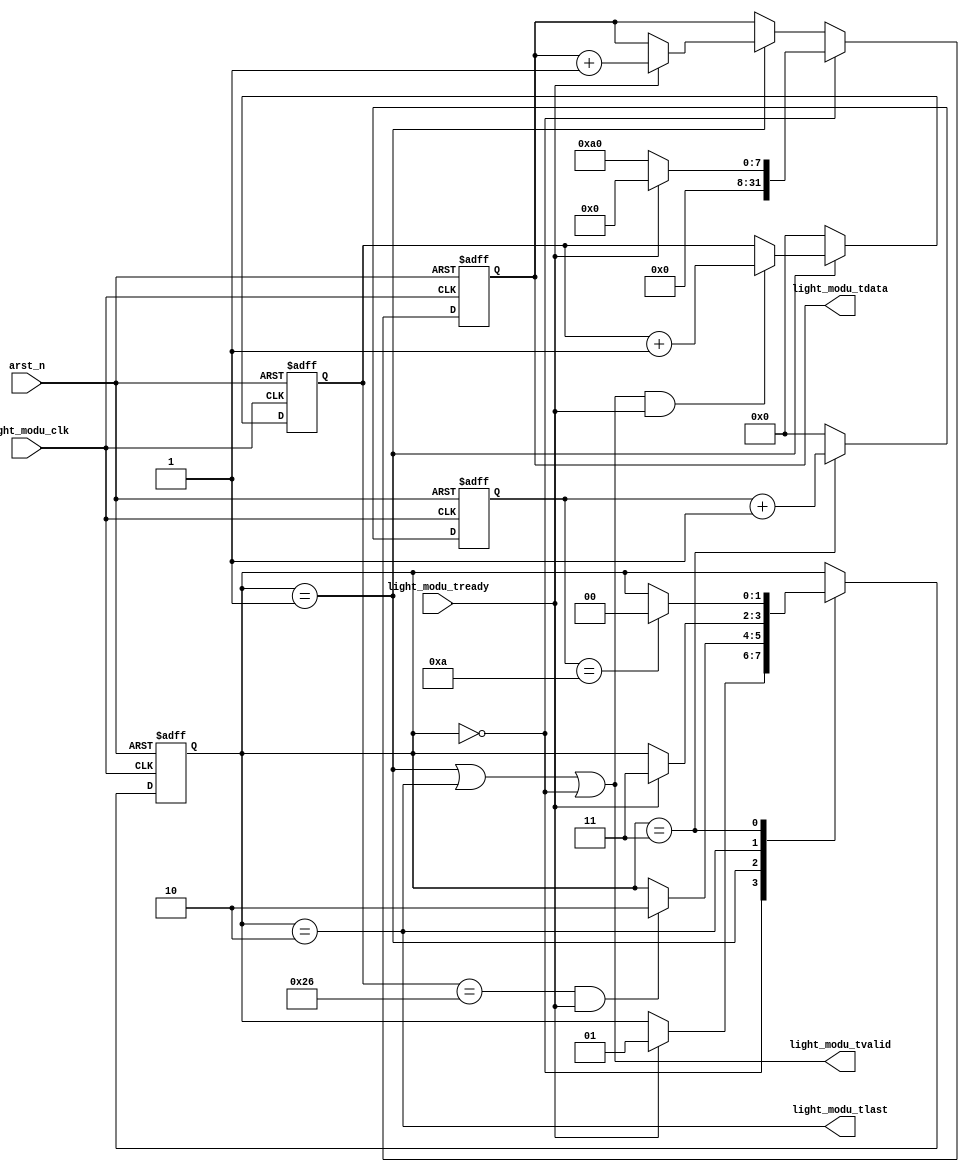
module pat_gen(
        input   			arst_n,
        
        input               light_modu_clk,
        output  reg [31:0]  light_modu_tdata,
        output  reg         light_modu_tvalid,
        output  reg         light_modu_tlast,
        input               light_modu_tready
    );
    
    parameter   P_IDLE  = 2'd0;
    parameter   P_DATA  = 2'd1;
    parameter   P_EOF  = 2'd2;
    parameter   P_WAIT  = 2'd3;
    (*KEEP = "TRUE"*) reg   [1:0]   state;
    
    parameter   FRAME_LEN_VAL   = 32'd40;
    parameter   FRAME_GAP_VAL   = 32'd10;
    
    reg     [15:0]  frame_len_cnt;
    reg     [15:0]  frame_gap_cnt;
    
    //FSM controller
    always @ (posedge light_modu_clk or negedge arst_n)
    begin
        if (!arst_n)
            state <= P_IDLE;
        else
        begin
            case (state)
                P_IDLE: begin
                    if (light_modu_tready)
                        state <= P_DATA;
                    else ;
                end
                
                P_DATA: begin
                    if ((frame_len_cnt == (FRAME_LEN_VAL - 2'd2)) &&  light_modu_tready)
                        state <= P_EOF;
                    else ;
                end
				
                P_EOF: begin
                    if (light_modu_tready )
                        state <= P_WAIT;
                    else ;
                end
                
                P_WAIT: begin
                    if (frame_gap_cnt == FRAME_GAP_VAL)
                        state <= P_IDLE;
                    else ;
                end
                
                default: state <= P_IDLE;
            endcase
        end
    end
    
	assign light_modu_tvalid = (state == P_DATA) || (state == P_EOF) || (state == P_IDLE);
	assign light_modu_tlast  =  (state == P_EOF) ;
	
	
    //frame length counter
    always @ (posedge light_modu_clk or negedge arst_n)
    begin
        if (!arst_n)
            frame_len_cnt <= 16'd0;
        else
        begin
            if (state == P_DATA)
            begin
                if (light_modu_tvalid	&&	light_modu_tready)
                    frame_len_cnt <= frame_len_cnt + 1'b1;
                else ;
            end
            else
                frame_len_cnt <= 16'd0;
        end
    end
    
    //frame gap counter
    always @ (posedge light_modu_clk or negedge arst_n)
    begin
        if (!arst_n)
            frame_gap_cnt <= 16'd0;
        else
        begin
            if (state == P_WAIT)
                frame_gap_cnt <= frame_gap_cnt + 1'b1;
            else
                frame_gap_cnt <= 16'd0;
        end
    end
    
    //send data
    always @ (posedge light_modu_clk or negedge arst_n)
    begin
        if (!arst_n)
        begin
            light_modu_tdata  <= 32'd0;
        end
        else begin
            if (state == P_IDLE) begin
				if(light_modu_tready)
					light_modu_tdata  <= 32'd0;
				else begin
					light_modu_tdata  <= FRAME_LEN_VAL << 2;
				end				
            end
			else begin
				if (state == P_DATA) begin
					if(light_modu_tready)
						light_modu_tdata  <= light_modu_tdata + 1'b1;
					else begin
						light_modu_tdata  <= light_modu_tdata;
					end

				end
			end
        end
    end
    
endmodule